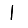
Digit: 1